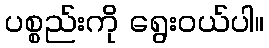
ပစ္စည်းကို ရွေးဝယ်ပါ။